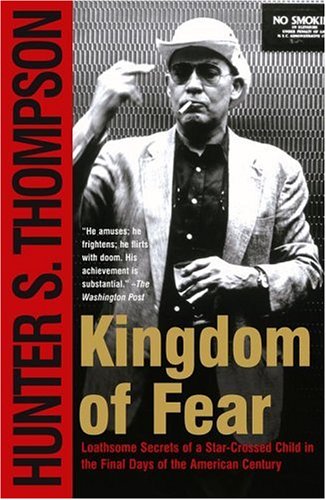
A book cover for Kingdom of Fear: Loathsome Secrets of a Star-Crossed Child in the Final Days of the American Century; Hunter S. Thompson; Biographies & Memoirs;